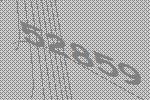
52859